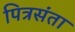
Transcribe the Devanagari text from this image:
पित्रसंता